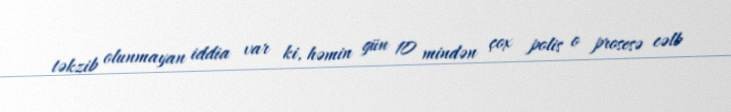
təkzib olunmayan iddia var ki, həmin gün 10 mindən çox polis o prosesə cəlb